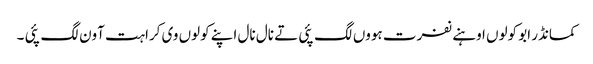
کمانڈر ابو کولوں اوہنے نفرت ہووں لگ پئی تے نال نال اپنے کولوں وی کراہت آون لگ پئی ۔